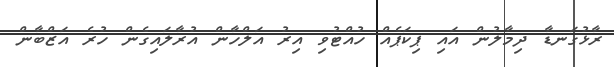
ރާޅުގަނޑާ ދިމާލުން އައި ޕިކަޕެއް ހުއްޓުވި އިރު އަލްހާން އުރާލައިގެން ހުރެ އަޒްބާން